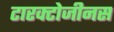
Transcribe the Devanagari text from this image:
टारक्टोजीनस